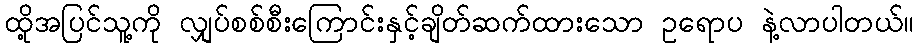
ထို့အပြင်သူ့ကို လျှပ်စစ်စီးကြောင်းနှင့်ချိတ်ဆက်ထားသော ဥရောပ နဲ့လာပါတယ်။